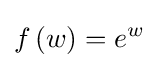
f\left(w\right)=e^{w}